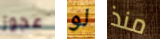
عجوز لو منذ